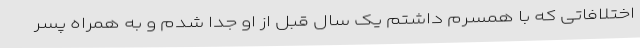
اختلافاتی که با همسرم داشتم یک سال قبل از او جدا شدم و به همراه پسر